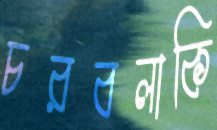
চরবলাকি